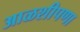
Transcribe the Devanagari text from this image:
आळशीपणा